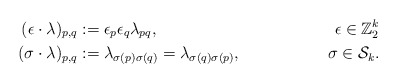
\begin{align*} (\epsilon\cdot\lambda)_{p,q} & :=\epsilon_p \epsilon_q \lambda_{pq},&\epsilon\in \mathbb{Z}_2^k\\ (\sigma\cdot\lambda)_{p,q} & := \lambda_{\sigma(p)\sigma(q)}=\lambda_{\sigma(q)\sigma(p)},&\sigma\in \mathcal{S}_k.\end{align*}